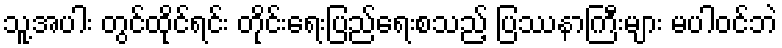
သူ့အပါး တွင်ထိုင်ရင်း တိုင်းရေးပြည်ရေးစသည့် ပြဿနာကြီးများ မပါဝင်ဘဲ